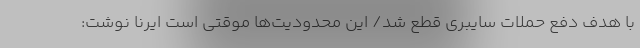
با هدف دفع حملات سایبری قطع شد/ این محدودیت‌ها موقتی است ایرنا نوشت: